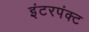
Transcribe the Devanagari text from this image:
इंटरपंक्ट